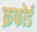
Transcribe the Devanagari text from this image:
क्रफोर्ड